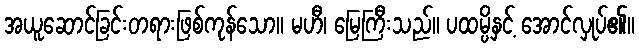
အယူဆောင်ခြင်းတရားဖြစ်ကုန်သော။ မဟီ၊ မြေကြီးသည်။ ပထမ္ပိနှင့် အောင်လှုပ်၏။